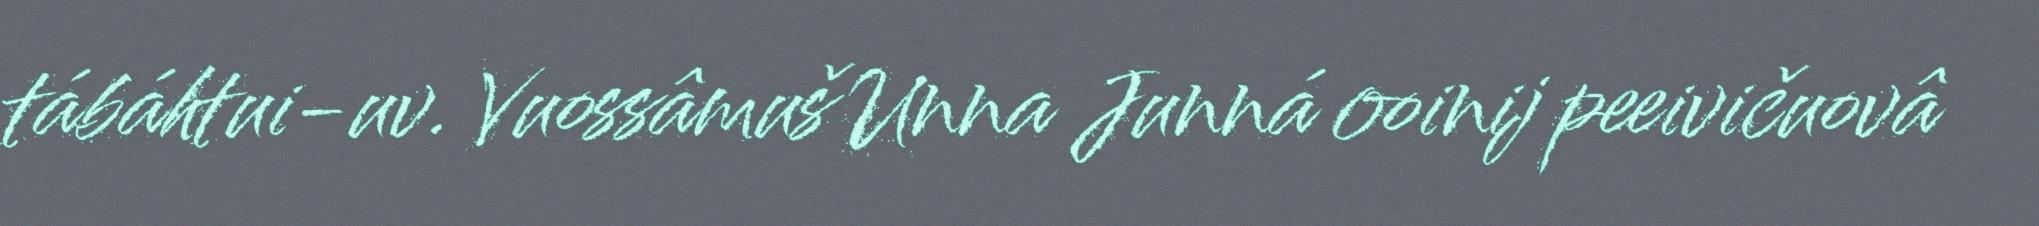
tábáhtui-uv. Vuossâmuš Unna Junná ooinij peeivičuovâ